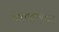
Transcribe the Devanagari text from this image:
वास्तवापेक्षा